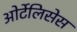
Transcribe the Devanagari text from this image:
ओर्टेलिसेस